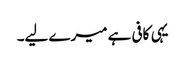
یہی کافی ہے میرے لیے۔